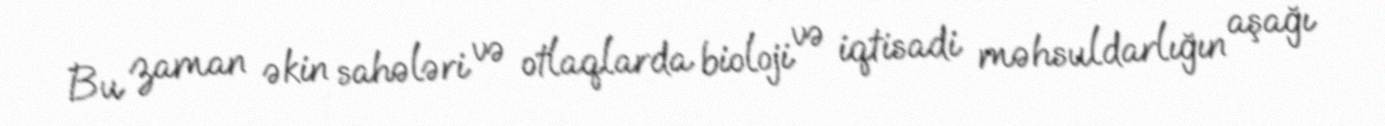
Bu zaman əkin sahələri və otlaqlarda bioloji və iqtisadi məhsuldarlığın aşağı